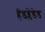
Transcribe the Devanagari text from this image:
हैंडब्लेंडेड